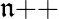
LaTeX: \mathfrak{n}{\mathrel{+{+}}}